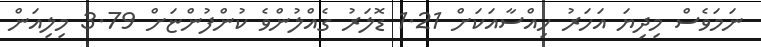
ނަމަވެސް މިދިޔަ އަހަރު ހިއްސާއަކަށް 1.21 ޑޮލަރު ގެއްލުންވެ ކުންފުންޏަށް 3.79 މިލިއަން